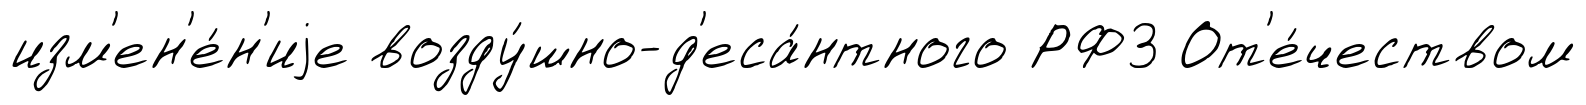
изм'ен'е́н'иjе возду́шно-д'еса́нтного РФ3 От'е́чеством